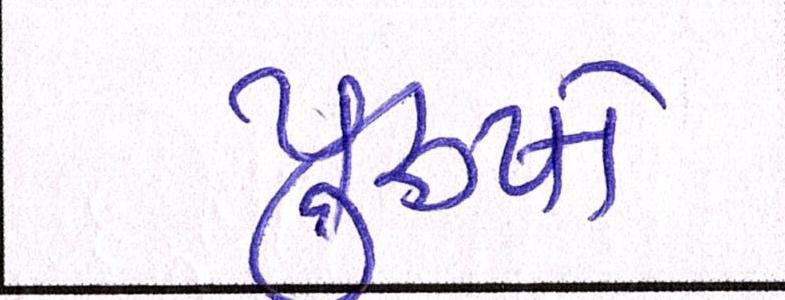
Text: પુરૂષો